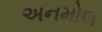
અનમોલ